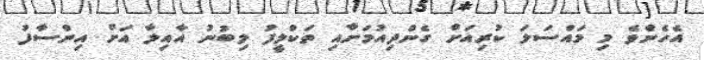
އެހެންވެ މި މައްސަލަ ކުރިއަށް ގެންދިއުމަށާއި ތަކްލީފު ލިބުނު އާއިލާ އަށް އިންސާފު